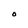
Character: O